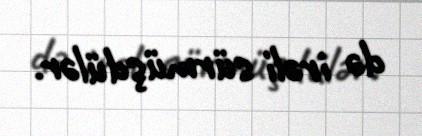
də irəli sürmüşdülər.